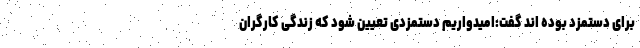
برای دستمزد بوده اند گفت:امیدواریم دستمزدی تعیین شود که زندگی کارگران